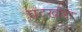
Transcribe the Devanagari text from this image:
चटखोरा